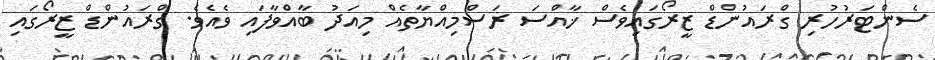
ސެންޓަރުހުރި ގްރައުންޑް ޒީރޯގައިވެސް ޚާއްސަ ރަސްމިއްޔާތެއް މިއަދު ބާއްވާފައި ވެއެވެ. ގްރައުންޑް ޒީރޯގައި